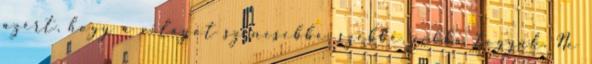
azért, hogy a világot színesebbé, szebbé, jobbá tegyük. Ne